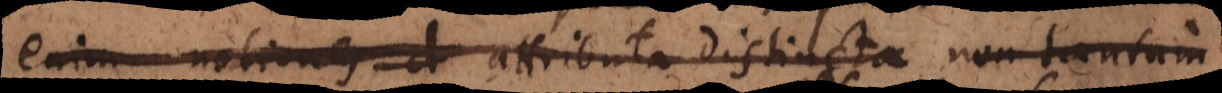
enim notiones d attributa distincta non tantum